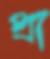
প্রা